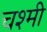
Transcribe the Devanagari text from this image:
चश्मी